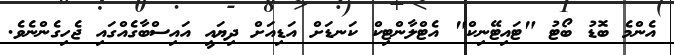
އެންމެ ބޮޑު ބޯޓު "ޓައިޓޭނިކް" އެޓްލާންޓިކް ކަނޑަށް އަޑިއަށް ދިޔައީ އައިސްބާގެއްގައި ޖެހިގެންނެވެ.